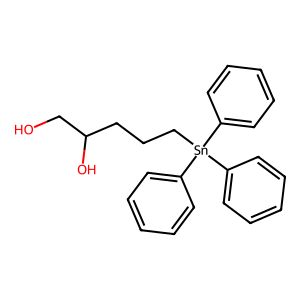
SMILES: OCC(O)CCC[Sn](c1ccccc1)(c1ccccc1)c1ccccc1
Inhibits HIV replication: No